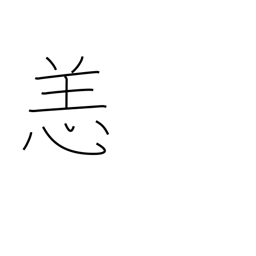
Meaning: illness